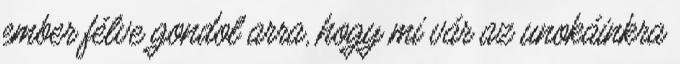
ember félve gondol arra, hogy mi vár az unokáinkra